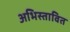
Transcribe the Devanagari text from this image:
अभिस्तावित